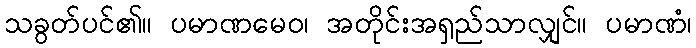
သခွတ်ပင်၏။ ပမာဏမေဝ၊ အတိုင်းအရှည်သာလျှင်။ ပမာဏံ၊